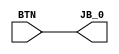
`timescale 1ns / 1ps

module switch_bounce(
    input wire BTN,
    output wire JB_0
    );
    
    assign JB_0 = BTN;

endmodule